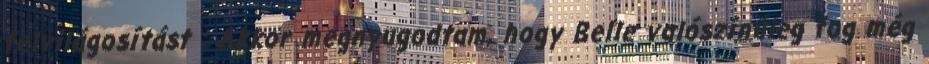
felvilágosítást : Akkor megnyugodtam, hogy Belle valószínűleg fog még